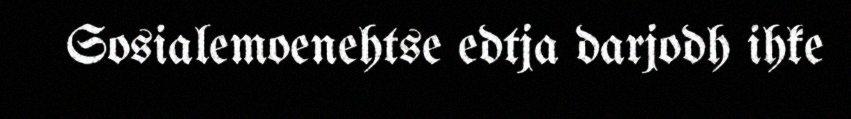
Sosialemoenehtse edtja darjodh ihke